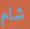
شام